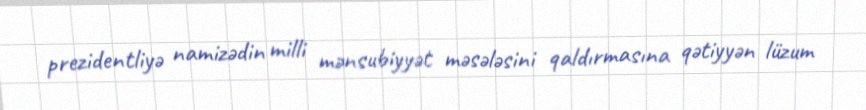
prezidentliyə namizədin milli mənsubiyyət məsələsini qaldırmasına qətiyyən lüzum